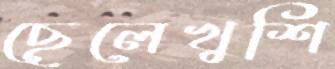
ছেলেখুশি